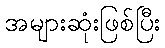
အများဆုံးဖြစ်ပြီး